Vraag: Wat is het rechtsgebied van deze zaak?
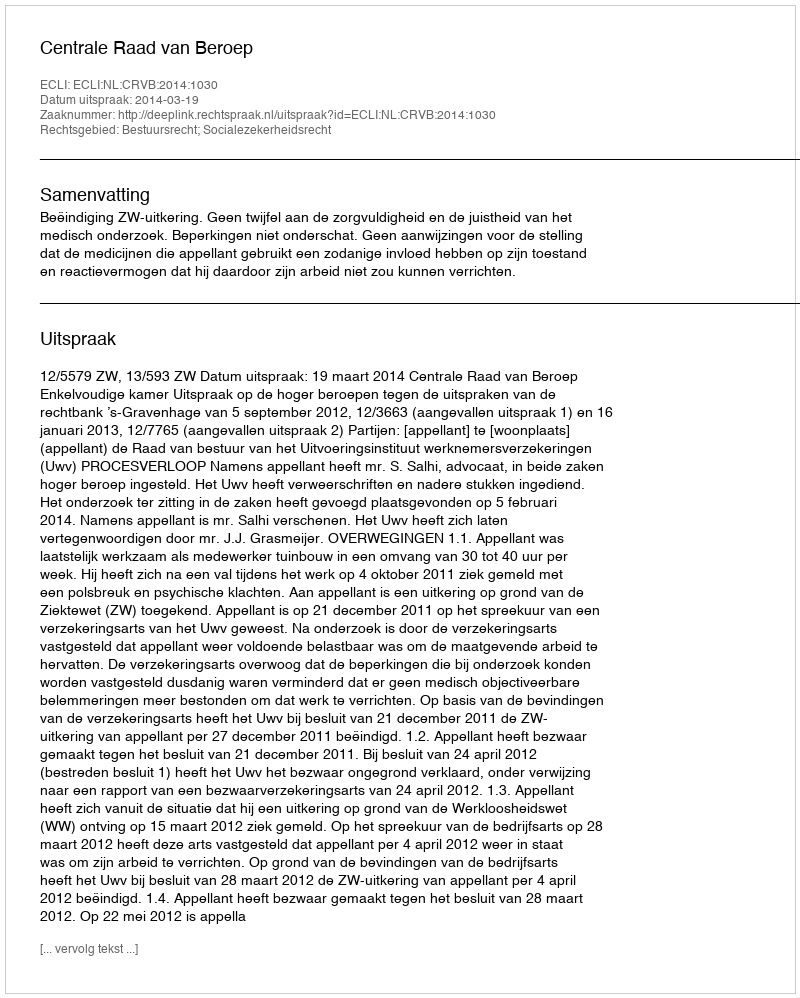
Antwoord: Bestuursrecht; Socialezekerheidsrecht